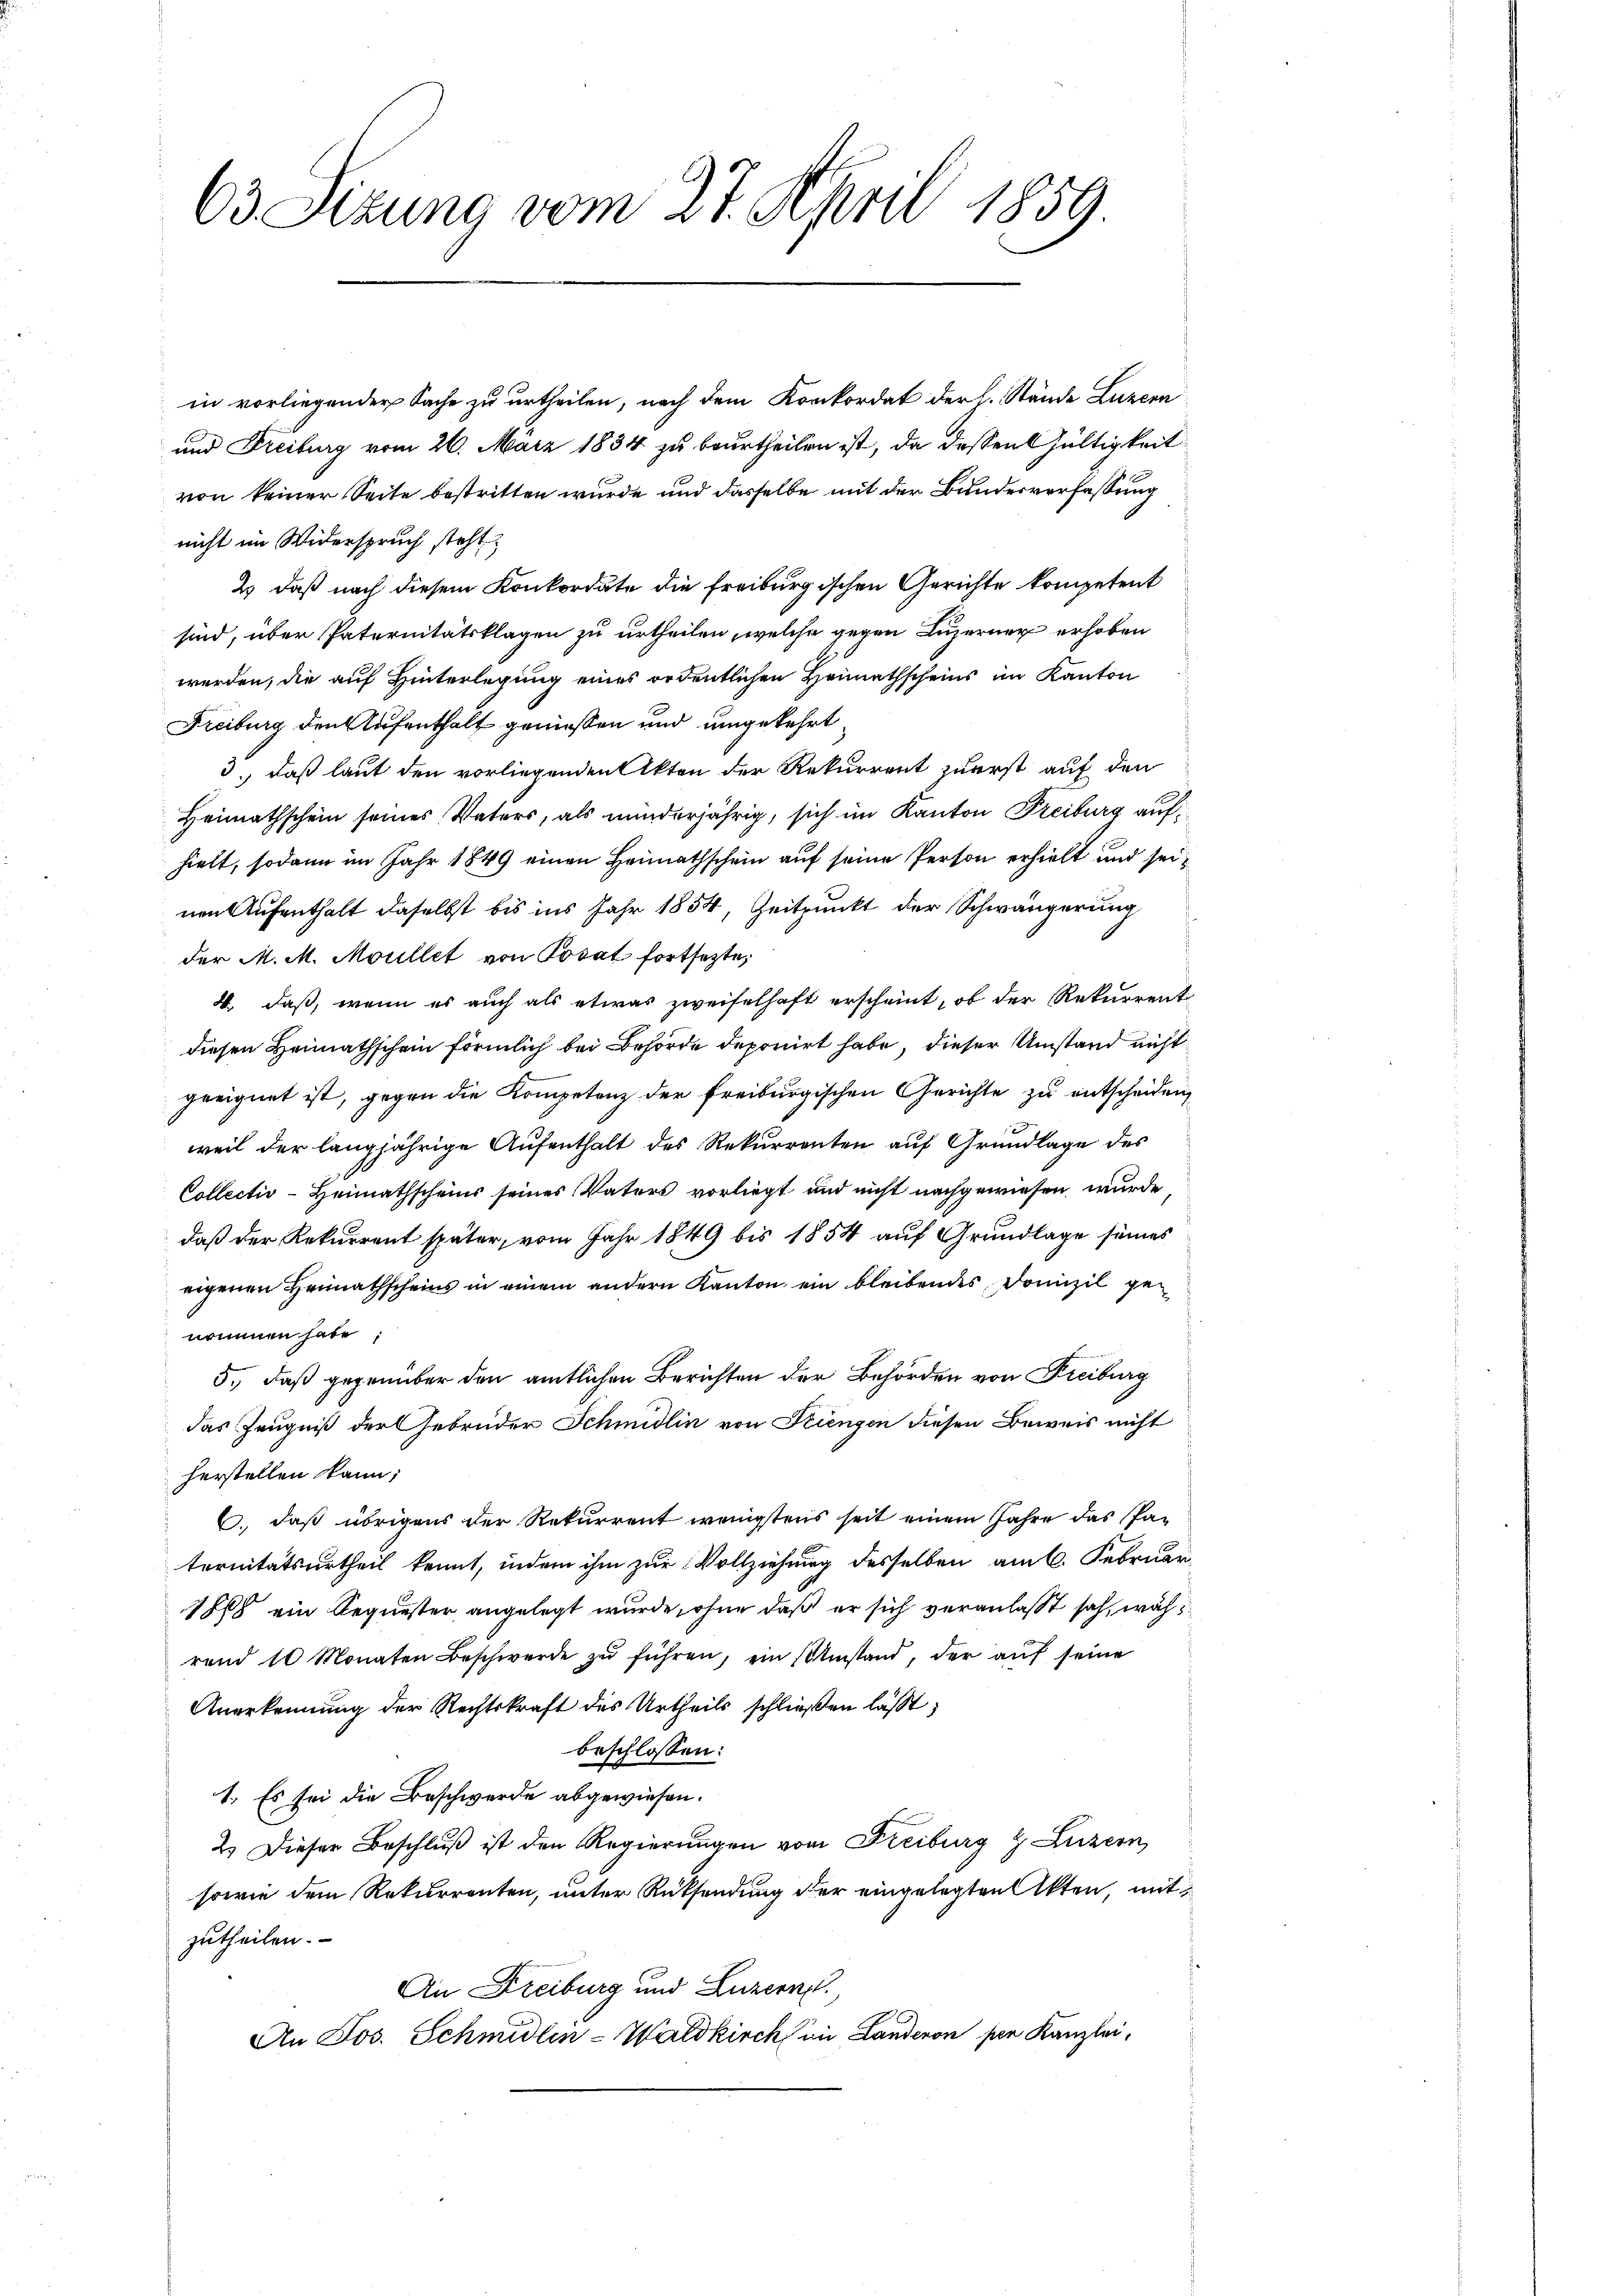
63. Sizung vom 27. April 1859.

in vorliegender Sache zu urtheilen, nach dem Konkordat der l. Stände Luzern
und Freiburg vom 26. März 1834 zu beurtheilen ist, da dessen Gültigkeit
von keiner Seite bestritten wurde und dasselbe mit der Bundesverfassung
nicht im Widerspruch steht,
2.) daß nach diesem Konkordate die freiburgischen Gerichte kompetent
sind, über Paternitätsklagen zu urtheilen, welche gegen Luzerner erhoben
werden, die auf Hinterlegung eines ordentlichen Heimathscheins im Kanton
Freiburg den Aufenthalt geniessen und umgekehrt
3., daß laut den vorliegenden Akten der Rekurrent zuerst auf den
Heimathschein seines Vaters, als minderjährig, sich im Kanton Freiburg aufhielt, sodann im Jahr 1849 einen Heimathschein auf seine Person erhielt und seinen Aufenthalt daselbst bis ins Jahr 1854, Zeitpunkt der Schwängerung
der M. M. Moullet von Posat fortsetzte,
4. daß, wenn es auch als etwas zweifelhaft erscheint, ob der Rekurrent
diesen Heimathschein förmlich bei Behörde deponirt habe, dieser Umstand nicht
geeignet ist, gegen die Kompetenz der freiburgischen Gerichte zu entscheiden,
weil der langjährige Aufenthalt des Rekurrenten auf Grundlage des
Collectiv-Heimathscheins seines Vaters vorliegt und nicht nachgewiesen, wurde
daß der Rekurrent später, vom Jahr 1849 bis 1854 auf Grundlage seines
eigenen Heimathscheins in einem andern Kanton ein bleibendes Domizil genommen habe
5., daß gegenüber den amtlichen Berichten der Behörden von Freiburg
das Zeugniß der Gebrüder Schmidlin von Friengen diesen Beweis nicht
herstellen kann;
6., daß übrigens der Rekurrent wenigstens seit einem Jahre das Paternitätsurtheil kennt, indem ihm zur Vollziehung desselben am 6. Februar
1878 ein Requester angelegt wurde, ohne daß er sich veranlaßt sah, während 10 Monaten Beschwerde zŭ führen, ein Umstand, der aŭf seine
Anerkennung der Rechtskraft des Urtheils schließen lässt;
beschlossen:
1. Es sei die Beschwerde abgewiesen.
2.) Dieser Beschluß ist den Regierungen vom Freiburg & Luzern,
sowie dem Rekurrenten, unter Rücksendung der eingelegten Akten, mit
zutheilen.
An Freiburg und Luzern.
An Jos. Schmidlin-Waldkirch in Landeren sie Kanzlei,